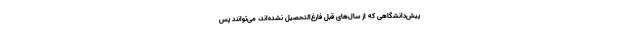
پیش‌دانشگاهی که از سال‌های قبل فارغ‌التحصیل نشده‌اند، می‌توانند پس